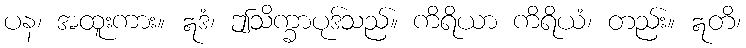
ပန၊ အထူးကား။ ဣဒံ၊ ဤသိက္ခာပုဒ်သည်။ ကိရိယာ ကိရိယံ၊ တည်း။ ဣတိ၊